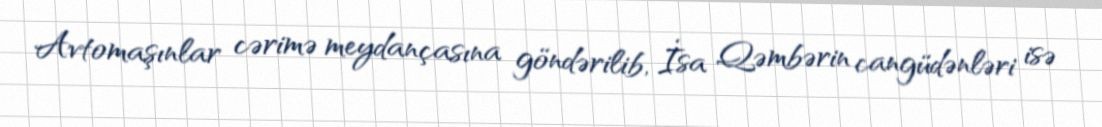
Avtomaşınlar cərimə meydançasına göndərilib, İsa Qəmbərin cangüdənləri isə